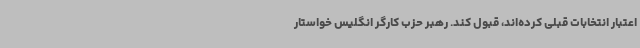
اعتبار انتخابات قبلی کرده‌اند، قبول کند. رهبر حزب کارگر انگلیس خواستار